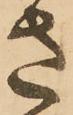
さ